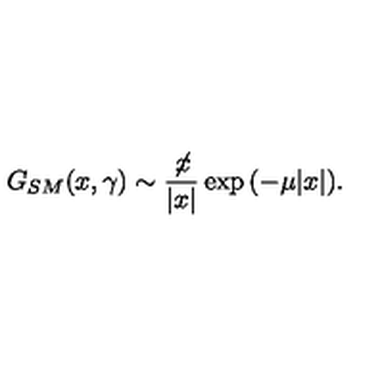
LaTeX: G _ { S M } ( x , \gamma ) \sim \frac { \not \! x } { | x | } \exp { ( - \mu | x | ) } .